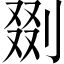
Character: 剟